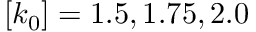
[ k _ { 0 } ] = 1 . 5 , 1 . 7 5 , 2 . 0